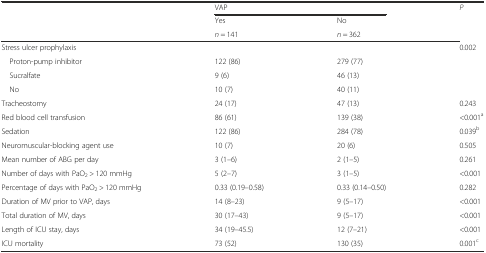
<table><thead><tr><td rowspan="3"></td><td colspan="2"><b>VAP</b></td><td><b><i>P</i></b></td></tr><tr><td><b>Yes</b></td><td><b>No</b></td><td rowspan="2"></td></tr><tr><td><b><i>n</i> = 141</b></td><td><b><i>n</i> = 362</b></td></tr></thead><tbody><tr><td>Stress ulcer prophylaxis</td><td></td><td></td><td>0.002</td></tr><tr><td> Proton-pump inhibitor</td><td>122 (86)</td><td>279 (77)</td><td></td></tr><tr><td> Sucralfate</td><td>9 (6)</td><td>46 (13)</td><td></td></tr><tr><td> No</td><td>10 (7)</td><td>40 (11)</td><td></td></tr><tr><td>Tracheostomy</td><td>24 (17)</td><td>47 (13)</td><td>0.243</td></tr><tr><td>Red blood cell transfusion</td><td>86 (61)</td><td>139 (38)</td><td>&lt;0.001<sup>a</sup></td></tr><tr><td>Sedation</td><td>122 (86)</td><td>284 (78)</td><td>0.039<sup>b</sup></td></tr><tr><td>Neuromuscular-blocking agent use</td><td>10 (7)</td><td>20 (6)</td><td>0.505</td></tr><tr><td>Mean number of ABG per day</td><td>3 (1–6)</td><td>2 (1–5)</td><td>0.261</td></tr><tr><td>Number of days with PaO<sub>2</sub> &gt; 120 mmHg</td><td>5 (2–7)</td><td>3 (1–5)</td><td>&lt;0.001</td></tr><tr><td>Percentage of days with PaO<sub>2</sub> &gt; 120 mmHg</td><td>0.33 (0.19–0.58)</td><td>0.33 (0.14–0.50)</td><td>0.282</td></tr><tr><td>Duration of MV prior to VAP, days</td><td>14 (8–23)</td><td>9 (5–17)</td><td>&lt;0.001</td></tr><tr><td>Total duration of MV, days</td><td>30 (17–43)</td><td>9 (5–17)</td><td>&lt;0.001</td></tr><tr><td>Length of ICU stay, days</td><td>34 (19–45.5)</td><td>12 (7–21)</td><td>&lt;0.001</td></tr><tr><td>ICU mortality</td><td>73 (52)</td><td>130 (35)</td><td>0.001<sup>c</sup></td></tr></tbody></table>